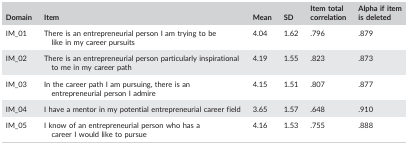
| Domain | Item | Mean | SD | Item total correlation | Alpha if item is deleted |
 | --- | --- | --- | --- | --- | --- |
 | IM_01 | There is an entrepreneurial person I am trying to be like in my career pursuits | 4.04 | 1.62 | .796 | .879 |
 | IM_02 | There is an entrepreneurial person particularly inspirational to me in my career path | 4.19 | 1.55 | .823 | .873 |
 | IM_03 | In the career path I am pursuing, there is an entrepreneurial person I admire | 4.15 | 1.51 | .807 | .877 |
 | IM_04 | I have a mentor in my potential entrepreneurial career field | 3.65 | 1.57 | .648 | .910 |
 | IM_05 | I know of an entrepreneurial person who has a career I would like to pursue | 4.16 | 1.53 | .755 | .888 |